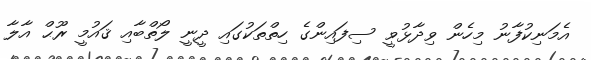
އެމަނިކުފާނު މިހެން ވިދާޅުވީ ސިފައިންގެ ހިތްތަކުގައި ދީނީ ލޯތްބާއި ޤައުމީ ރޫޙް އާލާ